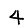
Digit: 4